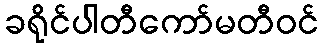
ခရိုင်ပါတီကော်မတီဝင်